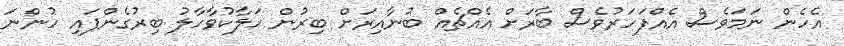
އެހެން ނަމަވެސް އެއްފަހަރުވެސް ބާރަށް އެއްޗެއް ބުނާއިރަށް ބިރުން ހަލާކުވާހާލު ބިރުގެންފައި ހުންނަ